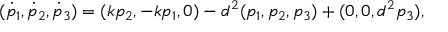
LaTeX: ( \dot { p } _ { 1 } , \dot { p } _ { 2 } , \dot { p } _ { 3 } ) = ( k p _ { 2 } , - k p _ { 1 } , 0 ) - d ^ { 2 } ( p _ { 1 } , p _ { 2 } , p _ { 3 } ) + ( 0 , 0 , d ^ { 2 } p _ { 3 } ) ,